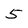
Character: 5